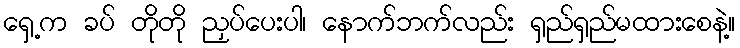
ရှေ့က ခပ် တိုတို ညှပ်ပေးပါ၊ နောက်ဘက်လည်း ရှည်ရှည်မထားစေနဲ့။